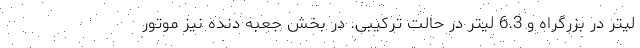
لیتر در بزرگراه و 6.3 لیتر در حالت ترکیبی. در بخش جعبه دنده نیز موتور